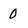
Character: 0